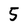
Character: 5